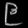
Digit: ၉